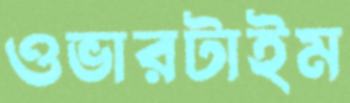
ওভারটাইম